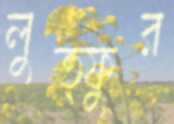
লুত্ফুর